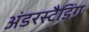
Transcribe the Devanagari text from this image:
अंडरस्टैडिंग